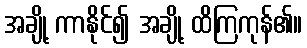
အချို့ ကာနိုင်၍ အချို့ ထိကြကုန်၏။